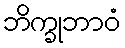
ဘိက္ခုဘာဝံ